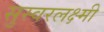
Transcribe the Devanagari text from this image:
सुस्वरलक्ष्मी